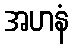
အဟနံ